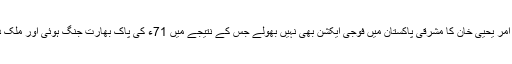
ہم دوسرے آمر یحییٰ خان کا مشرقی پاکستان میں فوجی ایکشن بھی نہیں بھولے جس کے نتیجے میں 71ء کی پاک بھارت جنگ ہوئی اور ملک دو لخت ہوا۔